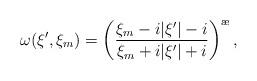
LaTeX: \begin{align*}\omega(\xi',\xi_m)=\left(\frac{\xi_m-i|\xi'|-i}{\xi_m+i|\xi'|+i}\right)^{\ae},\end{align*}